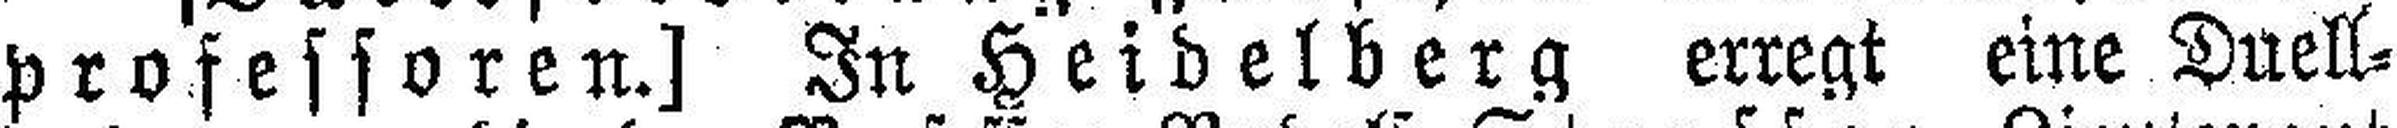
professoren.] In Heidelberg erregt eine Duell¬